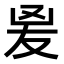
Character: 𭆫